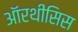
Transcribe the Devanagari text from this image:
ऑरथीसिस